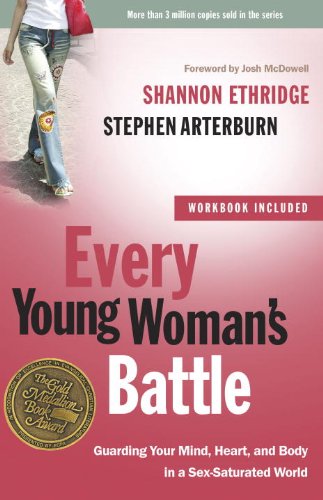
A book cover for Every Young Woman's Battle: Guarding Your Mind, Heart, and Body in a Sex-Saturated World (The Every Man Series); Shannon Ethridge; Christian Books & Bibles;